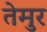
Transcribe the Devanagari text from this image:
तेमुर